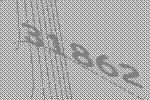
31862